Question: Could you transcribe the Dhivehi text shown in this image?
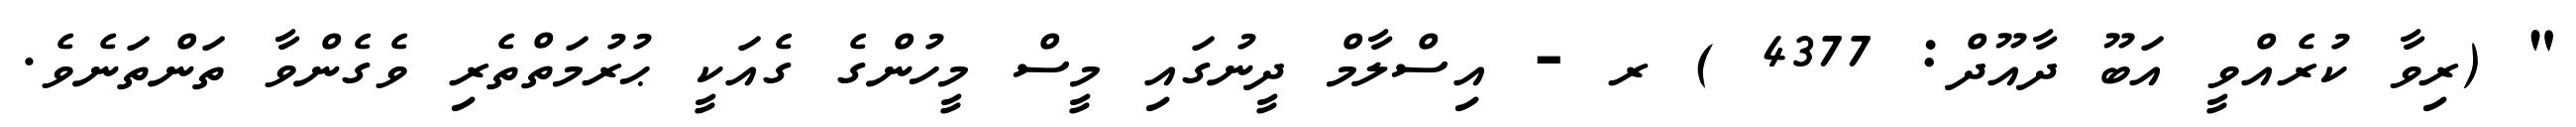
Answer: " (ރިވާ ކުރެއްވީ އަބޫ ދާއޫދް: 4377 ) ރ - އިސްލާމް ދީނުގައި މީސް މީހުންގެ ގެއަކީ ޙުރުމަތްތެރި ވެގެންވާ ތަންތަނެވެ.